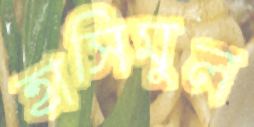
হাসিমুল